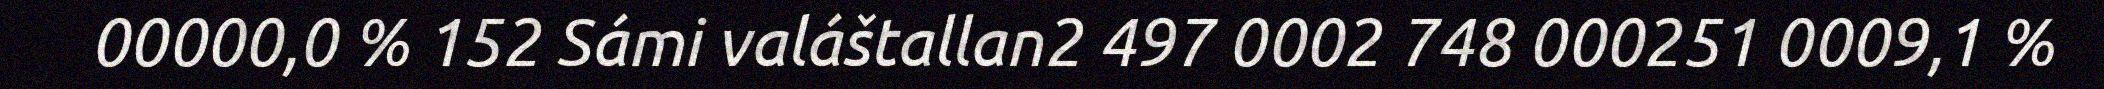
00000,0 % 152 Sámi valáštallan2 497 0002 748 000251 0009,1 %